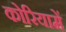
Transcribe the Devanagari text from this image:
कोरियामें